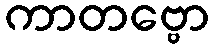
ကာတဗ္ဗော